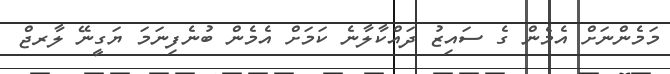
މަމެންނަށް އެމެން ގެ ސައިޒު ދައްކާލާނެ ކަމަށް އެމެން ބުނެފިނަމަ ޔަގީނޭ ލާރޖް